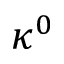
\kappa ^ { 0 }